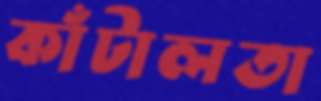
কাঁটালতা